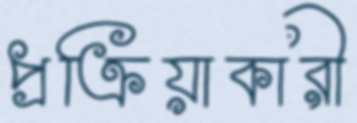
প্রক্রিয়াকারী